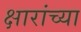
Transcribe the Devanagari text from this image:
क्षारांच्या